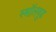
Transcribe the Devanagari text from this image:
स्मॉलवुड